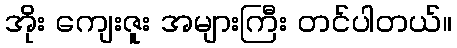
အိုး ကျေးဇူး အများကြီး တင်ပါတယ်။